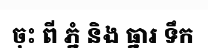
ចុះ ពី ភ្នំ និង ធ្នារ ទឹក